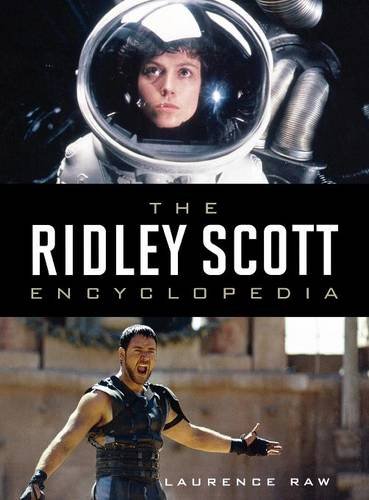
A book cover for The Ridley Scott Encyclopedia; Laurence Raw; Humor & Entertainment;